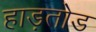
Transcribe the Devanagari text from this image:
हाड़तोड